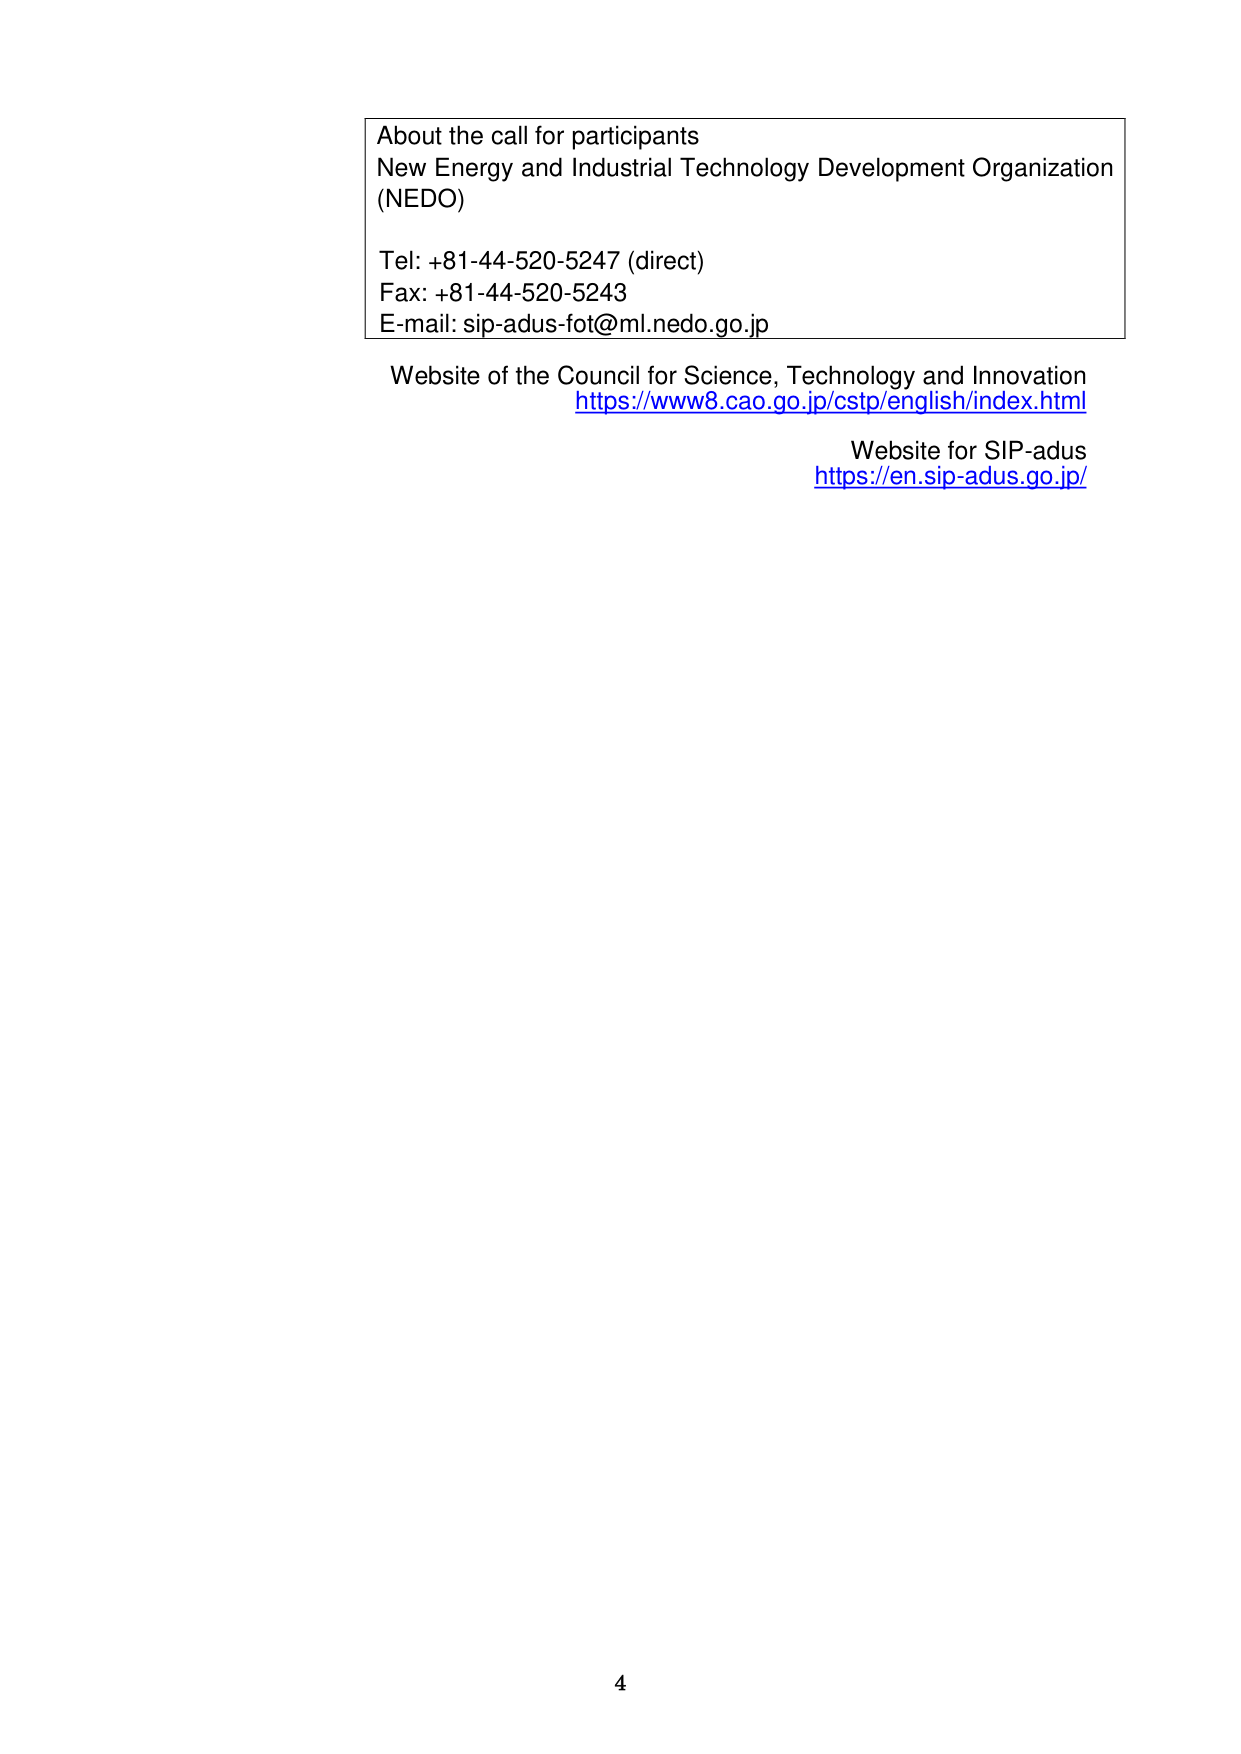
About the call for participants
New Energy and Industrial Technology Development Organization
(NEDO)
Tel: +81-44-520-5247 (direct)
Fax: +81-44-520-5243
E-mail: sip-adus-fot@ml.nedo.go.jp
Website of the Council for Science, Technology and Innovation
https://www8.cao.go.jp/cstp/english/index.html
Website for SIP-adus
https://en.sip-adus.go.jp/
4